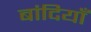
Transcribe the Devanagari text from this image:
बांदियाँ